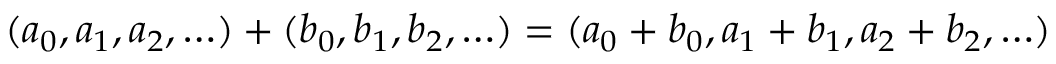
( a _ { 0 } , a _ { 1 } , a _ { 2 } , \ldots ) + ( b _ { 0 } , b _ { 1 } , b _ { 2 } , \ldots ) = ( a _ { 0 } + b _ { 0 } , a _ { 1 } + b _ { 1 } , a _ { 2 } + b _ { 2 } , \ldots )